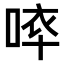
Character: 𠵒